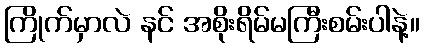
ကြိုက်မှာလဲ နင် အစိုးရိမ်မကြီးစမ်းပါနဲ့။